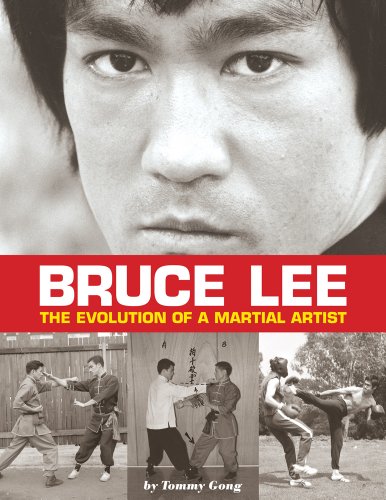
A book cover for Bruce Lee: The Evolution of a Martial Artist; Tommy Gong; Biographies & Memoirs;